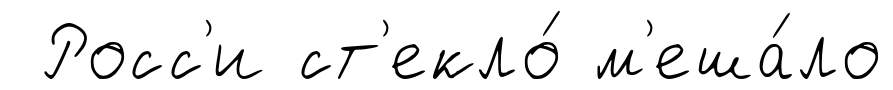
Росс'и ст'екло́ м'еша́ло